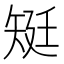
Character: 𥏎